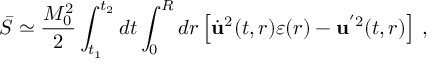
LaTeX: \bar { S } \simeq \frac { M _ { 0 } ^ { 2 } } { 2 } \int _ { t _ { 1 } } ^ { t _ { 2 } } d t \int _ { 0 } ^ { R } d r \left[ \dot { \bf u } ^ { 2 } ( t , r ) \varepsilon ( r ) - { \bf u } ^ { ' 2 } ( t , r ) \right] \, { , }